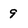
Character: 9